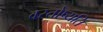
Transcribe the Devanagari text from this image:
वस्तोष्यति